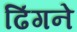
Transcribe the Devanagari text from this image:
ढिंगने